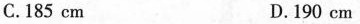
C.185cm D.190cm